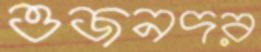
ওজনদর